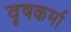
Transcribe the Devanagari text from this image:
वृषकर्मा